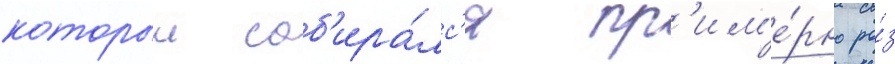
которыи соб'ира́лс'я пр'им'е́рно ра́з